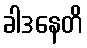
ခါဒနေတိ